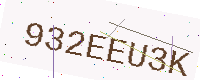
Text: 932EEU3K